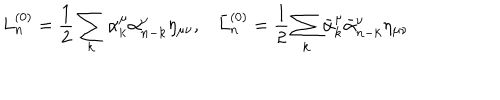
L _ { n } ^ { ( 0 ) } = \frac { 1 } { 2 } \sum _ { k } \alpha _ { k } ^ { \mu } \alpha _ { n - k } ^ { \nu } \eta _ { \mu \nu } { , } \quad \bar { L } { } _ { n } ^ { ( 0 ) } = \frac { 1 } { 2 } \sum _ { k } \bar { \alpha } { } _ { k } ^ { \mu } \bar { \alpha } { } _ { n - k } ^ { \nu } \eta _ { \mu \nu }